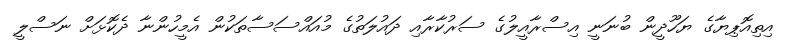
އިތިއޮޕިޔާގެ ޔަހޫދީން ބުނަނީ އިސްރާއީލުގެ ސަރުކާރާއި ދައުލަތުގެ މުއައްސަސާތަކުން އެމީހުންނާ ދެކޮޅަށް ނަސްލީ